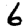
Digit: 6